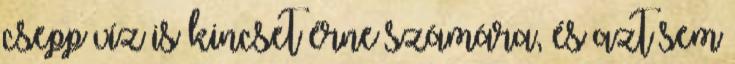
csepp víz is kincset érne számára, és azt sem